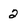
Character: 2